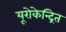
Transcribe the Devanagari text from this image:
यूरोकेन्द्रित